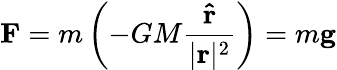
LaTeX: \mathbf{F}=m\left(-GM{\frac{\mathbf{\hat{r}}}{|\mathbf{r}|^{2}}}\right)=m\mathbf{g}